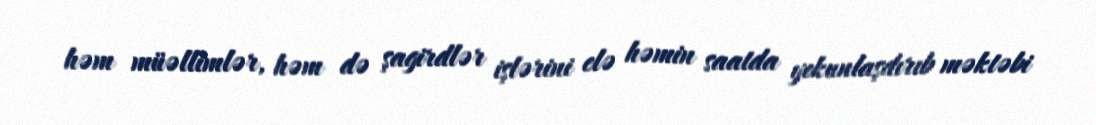
həm müəllimlər, həm də şagirdlər işlərini elə həmin saatda yekunlaşdırıb məktəbi